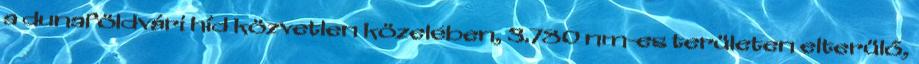
a dunaföldvári híd közvetlen közelében, 3.780 nm-es területen elterülő,